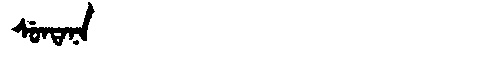
Manchu: ᠰᡠᠨᡨᠠᠨᠠ
Romanization: SUNTANA